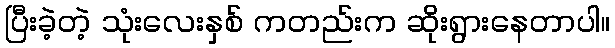
ပြီးခဲ့တဲ့ သုံးလေးနှစ် ကတည်းက ဆိုးရွားနေတာပါ။